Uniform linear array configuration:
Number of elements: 8
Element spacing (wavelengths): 0.75
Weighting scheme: blackman
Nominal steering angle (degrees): -30
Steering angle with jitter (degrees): -29.599
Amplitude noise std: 0.05
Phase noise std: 0.05

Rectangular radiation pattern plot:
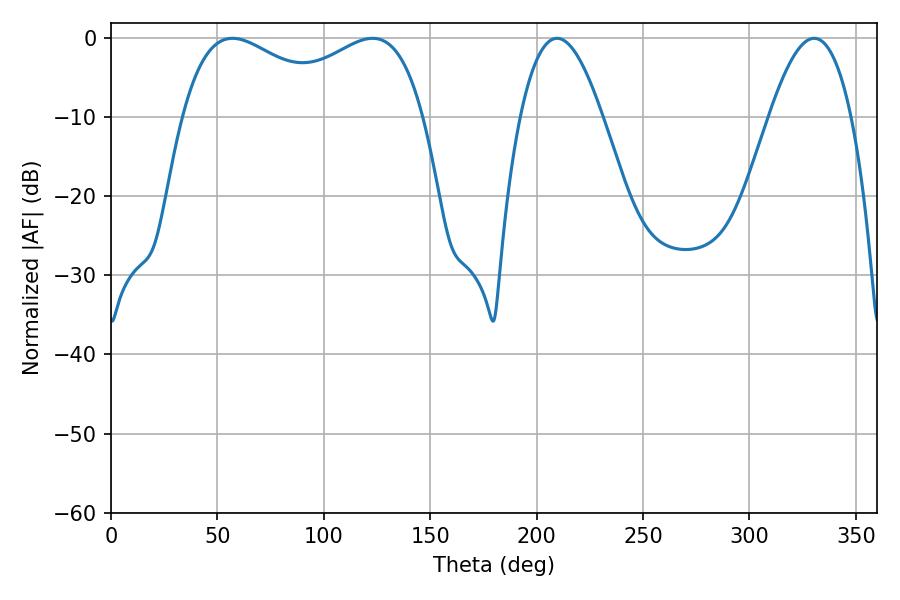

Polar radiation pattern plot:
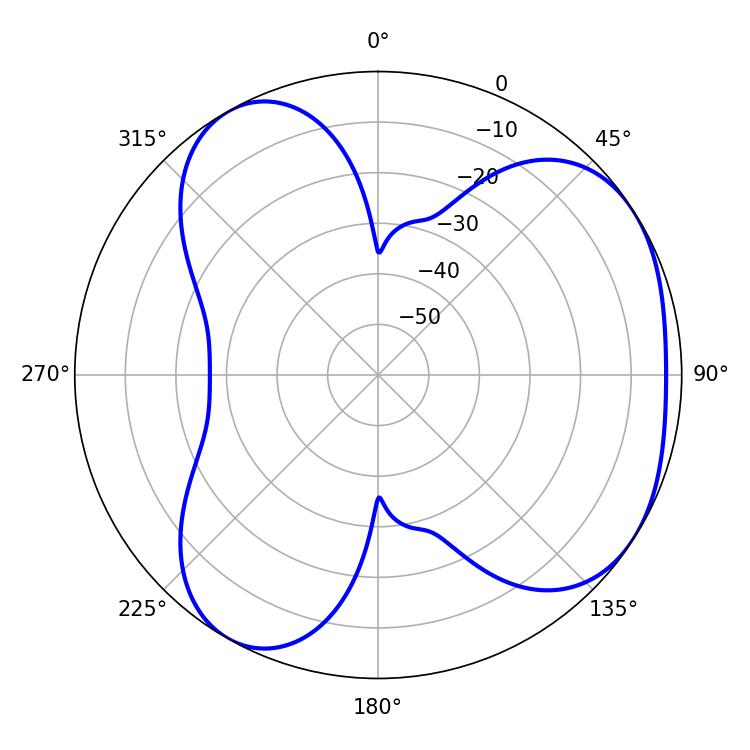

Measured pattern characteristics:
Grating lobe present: TRUE
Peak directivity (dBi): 4.35
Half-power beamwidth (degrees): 43.56
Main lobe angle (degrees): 57.06